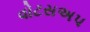
વોટસઅપ